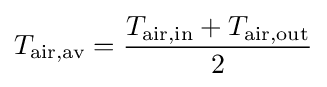
T_{\text{air,av}}={\frac {T_{\text{air,in}}+T_{\text{air,out}}}{2}}